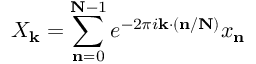
X _ { \mathbf { k } } = \sum _ { \mathbf { n } = 0 } ^ { \mathbf { N } - 1 } e ^ { - 2 \pi i \mathbf { k } \cdot ( \mathbf { n } / \mathbf { N } ) } x _ { \mathbf { n } }